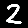
Digit: 2